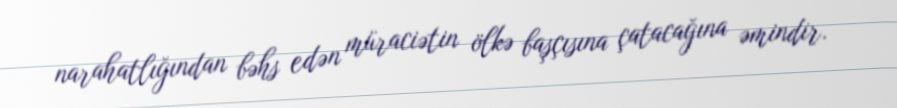
narahatlığından bəhs edən müraciətin ölkə başçısına çatacağına əmindir.